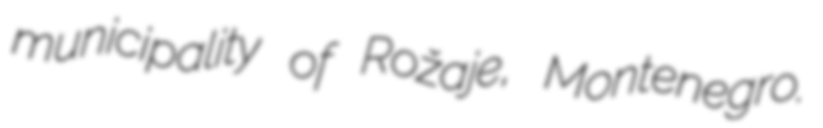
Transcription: municipality of Rožaje, Montenegro.